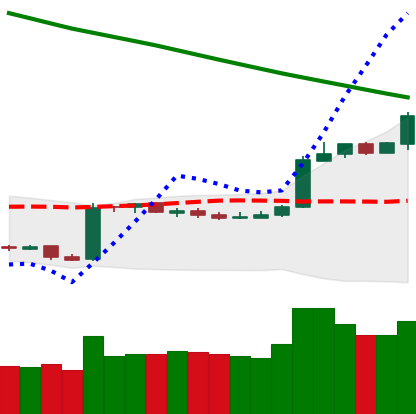
Ticker: BTC-USD
Chart end date: 2019-02-23
Forward return: -6.946%
Label: down_5_7